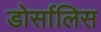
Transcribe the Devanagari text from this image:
डोर्सालिस